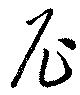
尼